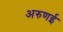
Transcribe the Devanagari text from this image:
अरुणई